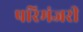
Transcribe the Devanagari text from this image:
परिमंजरी